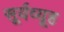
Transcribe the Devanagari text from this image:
सूर्यव्यूह